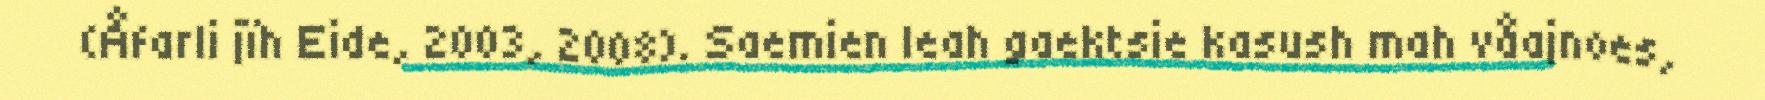
(Åfarli jïh Eide, 2003, 2008). Saemien leah gaektsie kasush mah våajnoes,